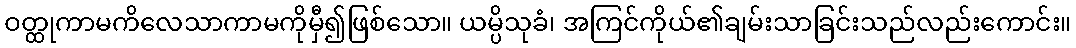
ဝတ္ထုကာမကိလေသာကာမကိုမှီ၍ဖြစ်သော။ ယမ္ပိသုခံ၊ အကြင်ကိုယ်၏ချမ်းသာခြင်းသည်လည်းကောင်း။